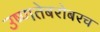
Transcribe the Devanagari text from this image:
उष्णतेबरोबरच